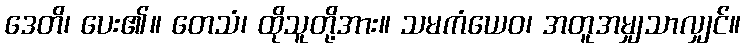
ဒေတိ၊ ပေး၏။ တေသံ၊ ထိုသူတို့အား။ သမကံယေဝ၊ အတူအမျှသာလျှင်။